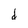
Character: d